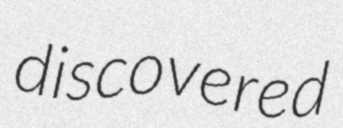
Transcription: discovered